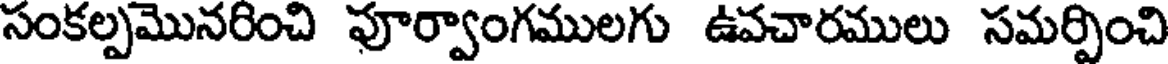
సంకల్పమొనరించి పూర్వాంగములగు ఉవచారములు సమర్పించి